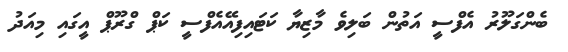
ބެންގަލޫރު އެފްސީ އަތުން ބަލިވެ މާޒިޔާ ކަޓައިފިއޭއެފްސީ ކަޕް ގްރޫޕް އީގައި މިއަދު